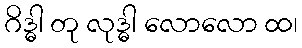
ဂိဒ္ဓါ တု လုဒ္ဓါ လောလော ထ၊